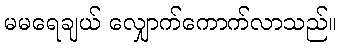
မမရေချယ် လျှောက်ကောက်လာသည်။